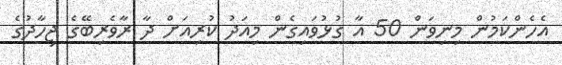
އެހެންކަމުން މިނިވަން 50 އާ ގުޅުވައިގެން މިއަދު ކުރިއަށް ދާ ރާވެރިބޭގެ ޖިހާދުގެ